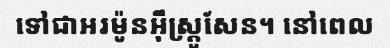
ទៅជាអរម៉ូនអ៊ឹស្ត្រូសែន។ នៅពេល